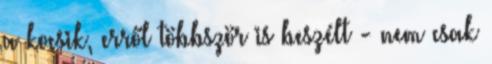
a kocsik, erről többször is beszélt - nem csak